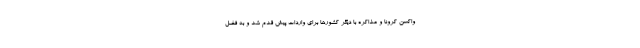
واکسن کرونا و مذاکره با دیگر کشورها برای واردات پیش قدم شد و به فضل